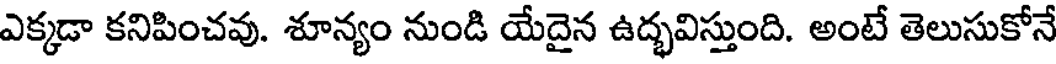
ఎక్కడా కనిపించవు. శూన్యం నుండి యేదైన ఉద్భవిస్తుంది. అంటే తెలుసుకోనే